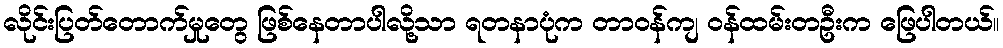
လိုင်းပြတ်တောက်မှုတွေ ဖြစ်နေတာပါလို့သာ ရတနာပုံက တာဝန်ကျ ဝန်ထမ်းတဦးက ဖြေပါတယ်။